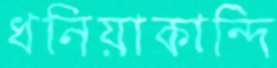
ধনিয়াকান্দি